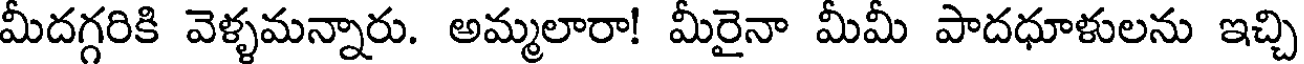
మీదగ్గరికి వెళ్ళమన్నారు. అమ్మలారా! మీరైనా మీమీ పాదధూళులను ఇచ్చి